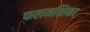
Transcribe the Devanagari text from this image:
फलमक्षिका